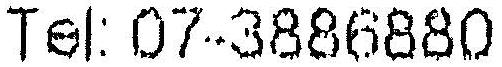
TEL: 07-3886880